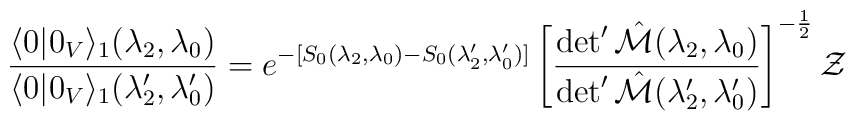
\frac{\langle 0|0_V\rangle_1 (\lambda_2,\lambda_0)}{\langle 0|0_V\rangle_1({\lambda}^{\prime}_2,{\lambda}^{\prime}_0)}=e^{-[S_0(\lambda_2,\lambda_0)-S_0(\lambda_2',\lambda_0')]}\left[\frac{\det' \hat{{\cal M}}(\lambda_2,\lambda_0)}{\det' \hat{{\cal M}}(\lambda_2',\lambda_0')}\right]^{-\frac12}{\cal Z}